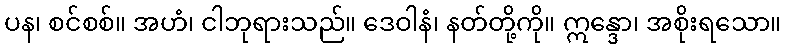
ပန၊ စင်စစ်။ အဟံ၊ ငါဘုရားသည်။ ဒေဝါနံ၊ နတ်တို့ကို။ ဣန္ဒော၊ အစိုးရသော။